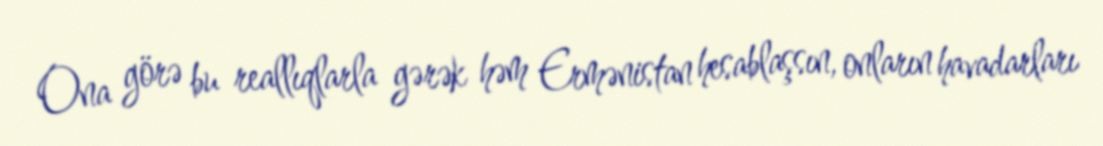
Ona görə bu reallıqlarla gərək həm Ermənistan hesablaşsın, onların havadarları